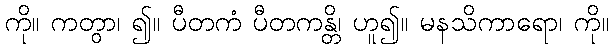
ကို။ ကတွာ၊ ၍။ ပီတကံ ပီတကန္တိ၊ ဟူ၍။ မနသိကာရော၊ ကို။